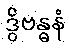
ဒွိဗန္ဓနံ